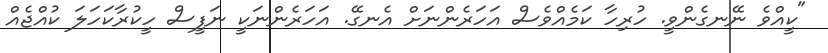
"ކީއްވެ ނޭނގެންވީ. ހުރިހާ ކަމެއްވެސް އަހަރެންނަށް އެނގޭ. އަހަރެންނަކީ ނަފީސް ހީކުރާކަހަލަ ކުއްޖެއް